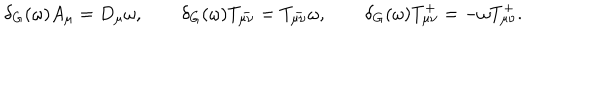
\delta _ { G } ( \omega ) A _ { \mu } = D _ { \mu } \omega , \qquad \delta _ { G } ( \omega ) T _ { \mu \nu } ^ { - } = T _ { \mu \nu } ^ { - } \omega , \qquad \delta _ { G } ( \omega ) T _ { \mu \nu } ^ { + } = - \omega T _ { \mu \nu } ^ { + } .